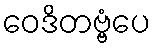
ဝေဒိတဗ္ဗံပေ